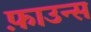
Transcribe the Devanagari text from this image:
फ़ाउन्स